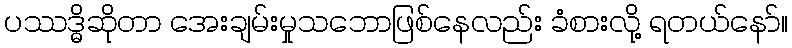
ပဿဒ္ဓိဆိုတာ အေးချမ်းမှုသဘောဖြစ်နေလည်း ခံစားလို့ ရတယ်နော်။